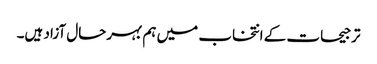
ترجیحات کے انتخاب میں ہم بہرحال آزاد ہیں۔